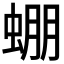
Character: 𧌇